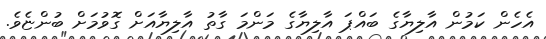
އެހެން ކަމުން އާލިޔާގެ ބައްޕަ އާލިޔާގެ މަންމަ ގާތު އާލިޔާއަށް ގޮވުމަށް ބުންޏެވެ.